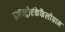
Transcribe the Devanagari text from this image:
इलेक्ट्रोएंकेफैलोग्राम